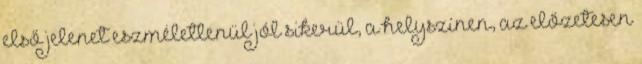
első jelenet eszméletlenül jól sikerül, a helyszínen, az előzetesen